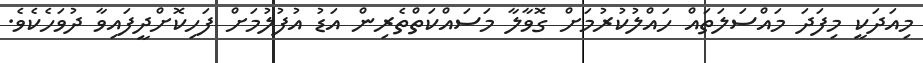
މިއަދަކީ މިފަދަ މައްސަލަތައް ހައްލުކުރުމަށް ގޮވާލާ މަސައްކަތްތެރިން އަޑު އުފުލުމަށް ފަހިކޮށްދީފައިވާ ދުވަހެކެވެ.